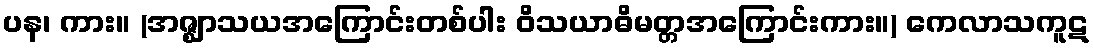
ပန၊ ကား။ (အဇ္ဈာသယအကြောင်းတစ်ပါး ဝိသယာဓိမတ္တအကြောင်းကား။) ကေလာသကူဋ